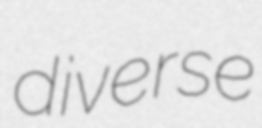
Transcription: diverse